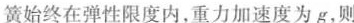
簧始终在弹性限度内，重力加速度为g，则